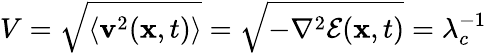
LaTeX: V=\sqrt{\langle\mathbf{v}^{2}(\mathbf{x},t)\rangle}=\sqrt{-\nabla^{2}\mathcal{E}(\mathbf{x},t)}=\lambda_{c}^{-1}